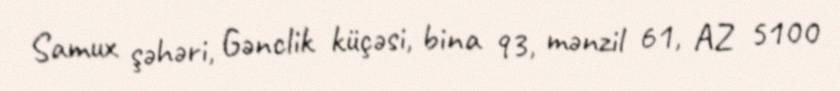
Samux şəhəri, Gənclik küçəsi, bina 93, mənzil 61, AZ 5100